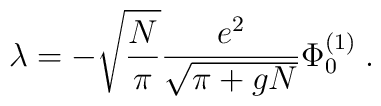
\lambda  = - \sqrt{\frac{N}{\pi}} \frac{e^2}{\sqrt{\pi + gN}}\Phi^{(1)}_0 \; .